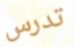
تدرس